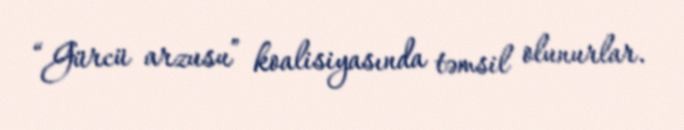
“Gürcü arzusu” koalisiyasında təmsil olunurlar.